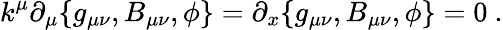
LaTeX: k^{\mu}\partial_{\mu}\{ g_{\mu\nu},B_{\mu\nu},\phi\} =\partial_{x}\{ g_{\mu\nu},B_{\mu\nu},\phi\} =0\ .